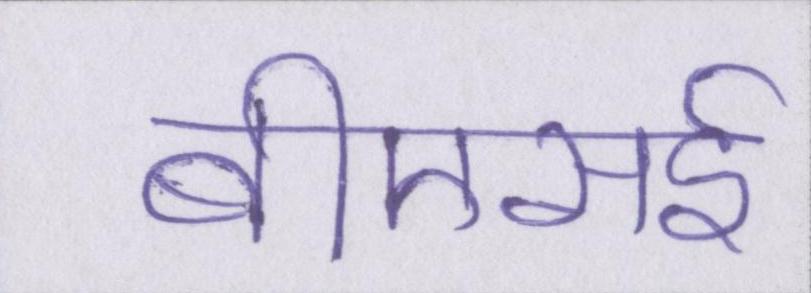
बीएसई